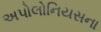
અપોલોનિયસના